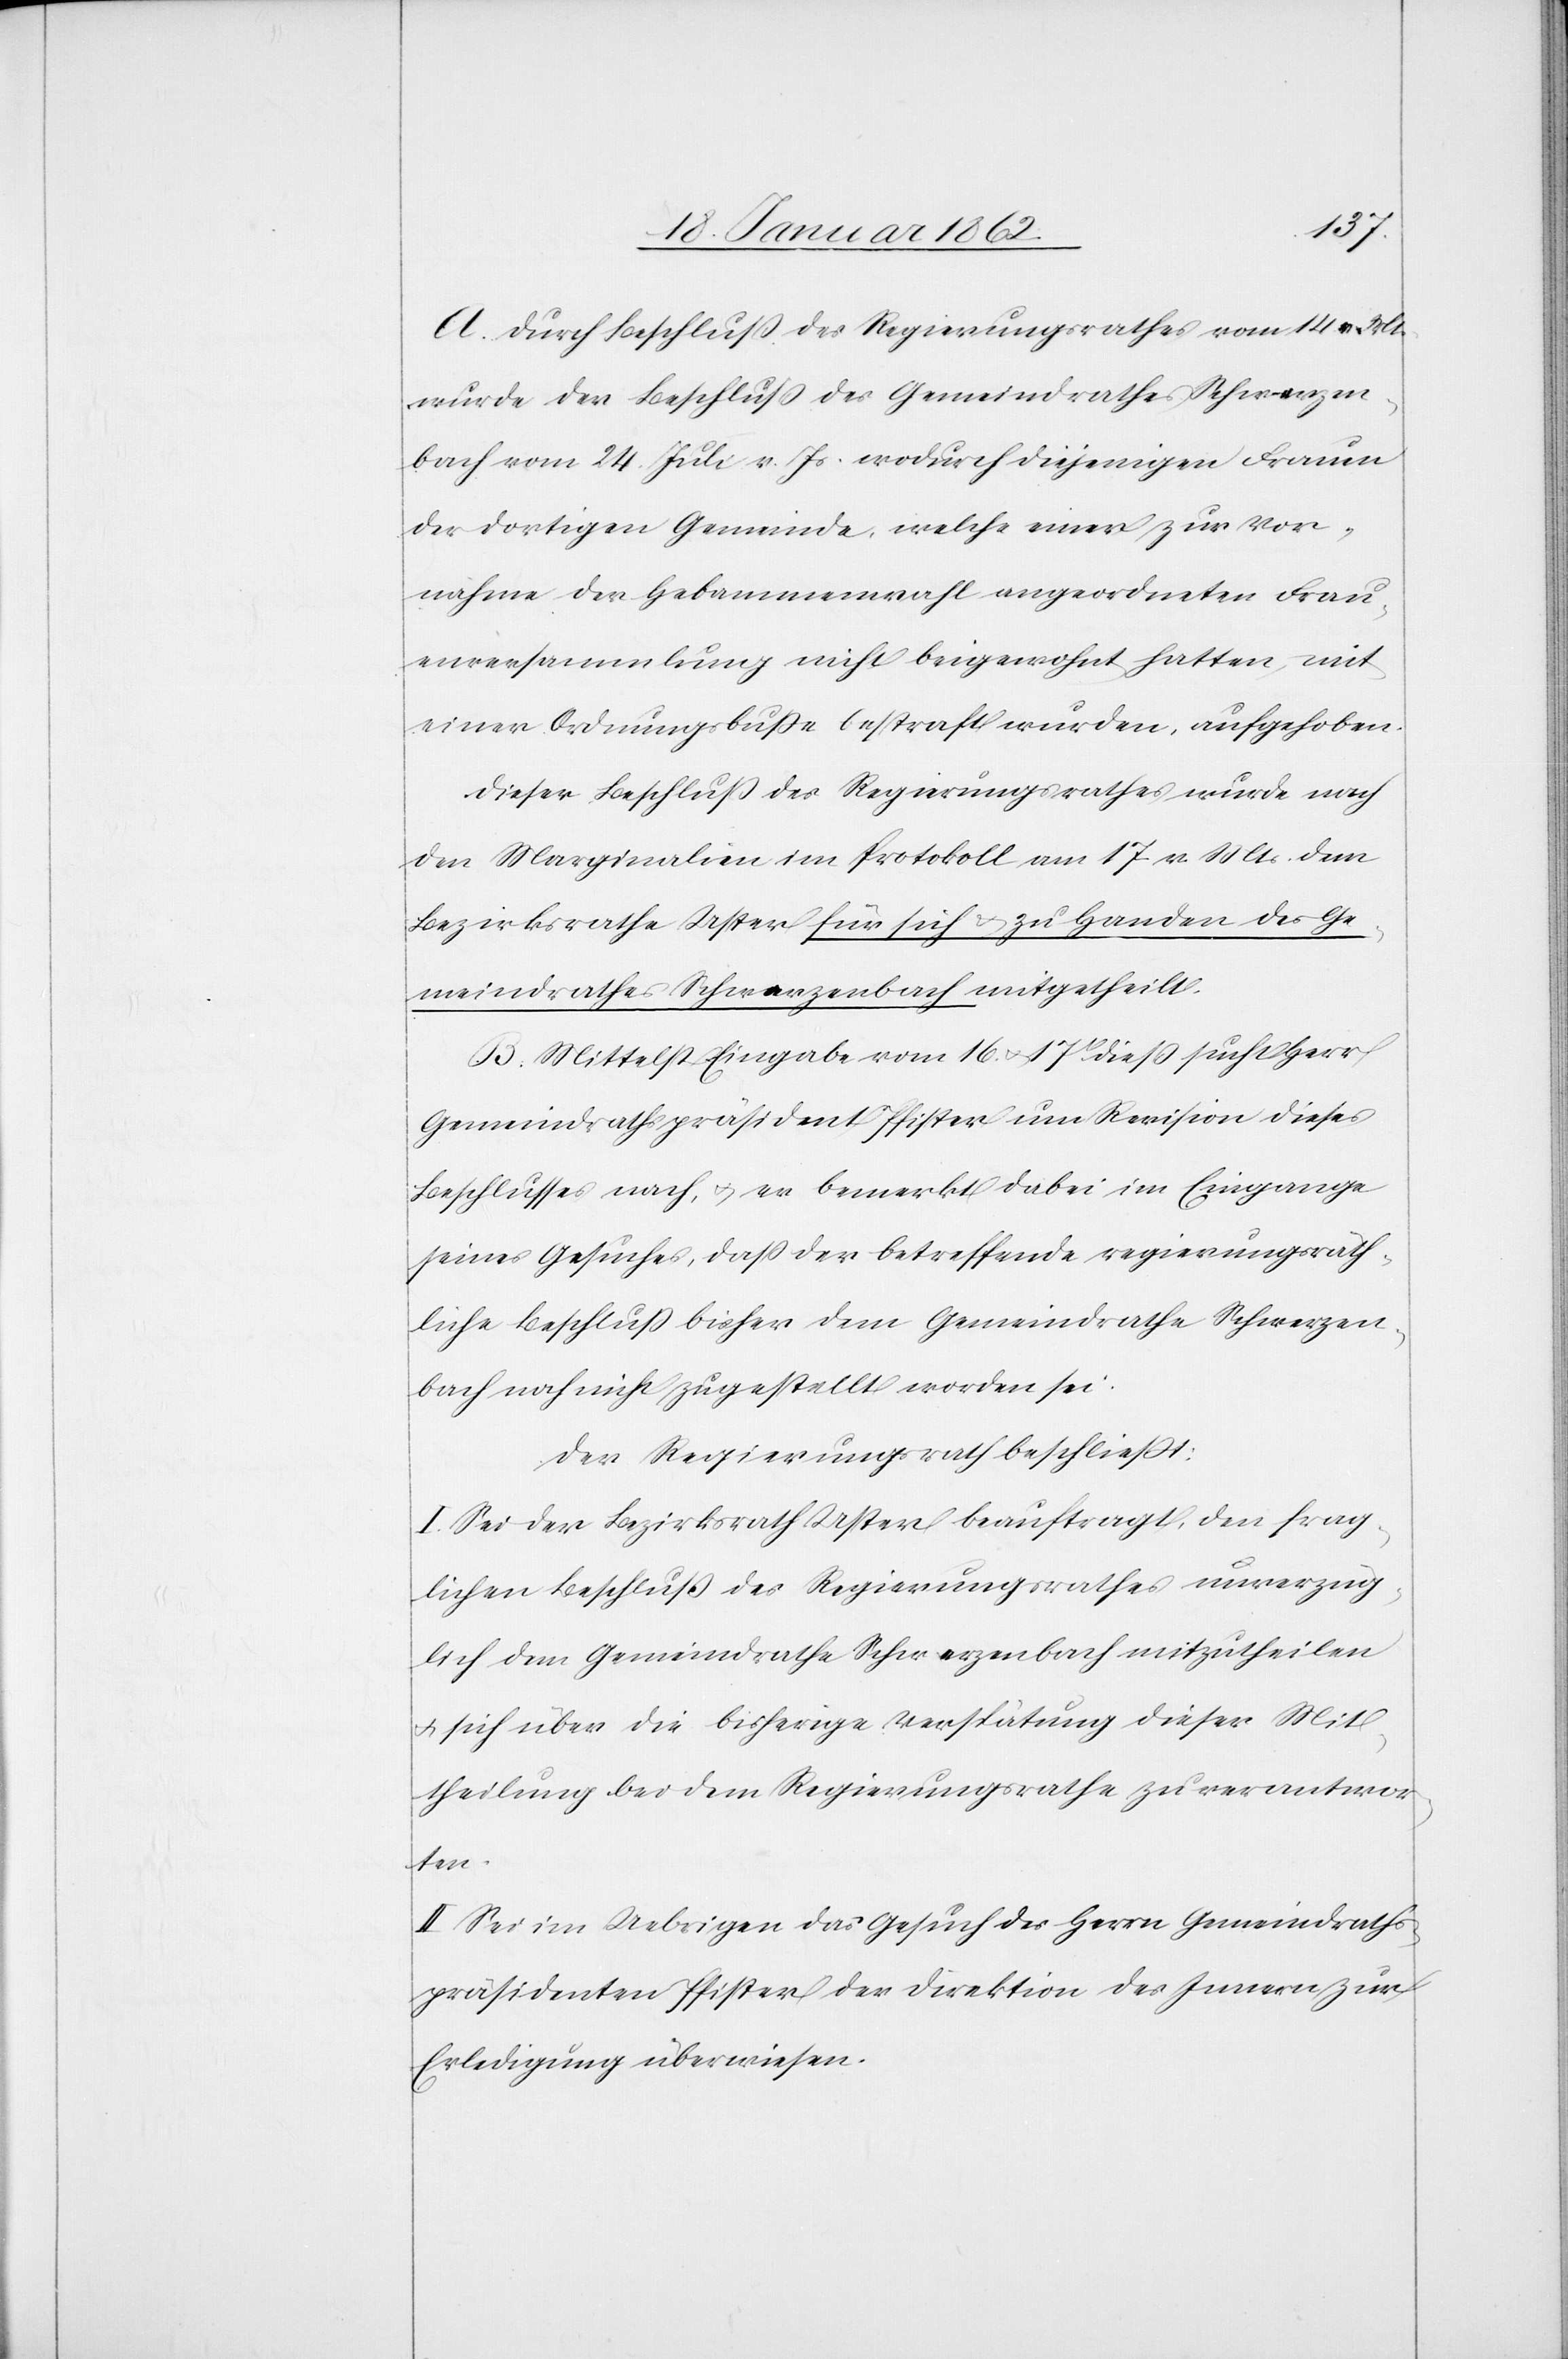
A. Durch Beschluß des Regierungsrathes vom 14. v. Mt.
wurde der Beschluß des Gemeindrathes Schwerzen¬
bach vom 24. Juli v. Js. wodurch diejenigen Frauen
der dortigen Gemeinde, welche einer zur Vor¬
nahme der Hebammenwahl angeordneten Frau¬
enversammlung nicht beigewohnt hatten, mit
einer Ordnungsbuße bestraft wurden, aufgehoben.
Dieser Beschluß des Regierungsrathes wurde nach
den Marginalien im Protokoll am 17 v. Mts dem
Bezirksrathe Uster für sich u. zu Handen des Ge¬
meindrathes Schwerzenbach mitgetheilt.
B. Mittelst Eingabe vom 16. u. 17t dieß sucht Herr
Gemeindrathspräsident Pfister um Revision dieses
Beschlusses nach, u. er bemerkt dabei im Eingange
seines Gesuches, daß der betreffende regierungsräth¬
liche Beschluß bisher dem Gemeindrathe Schwerzen¬
bach noch nicht zugestellt worden sei.
Der Regierungsrath beschließt:
I. Sei der Bezirksrath Uster beauftragt, den frag¬
lichen Beschluß des Regierungsrathes unverzüg¬
lich dem Gemeindrathe Schwerzenbach mitzutheilen
u. sich über die bisherige Verspätung dieser Mit¬
theilung bei dem Regierungsrathe zu verantwor¬
ten.
II. Sei im Uebrigen das Gesuch des Herrn Gemeindraths¬
präsidenten Pfister der Direktion des Innern zur
Erledigung überwiesen.